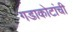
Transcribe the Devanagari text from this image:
गडाकोटांची